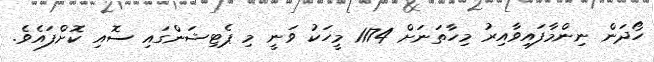
ހޯދަން ނިންމާފައިވާއިރު މިހާތަނަށް 1174 މީހަކު ވަނީ މި ޕެޓިޝަންގައި ސޮއި ކޮށްފައެވެ.